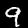
Digit: 9